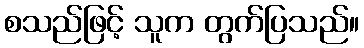
စသည်ဖြင့် သူက တွက်ပြသည်။